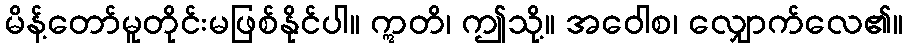
မိန့်တော်မူတိုင်းမဖြစ်နိုင်ပါ။ ဣတိ၊ ဤသို့။ အဝေါစ၊ လျှောက်လေ၏။